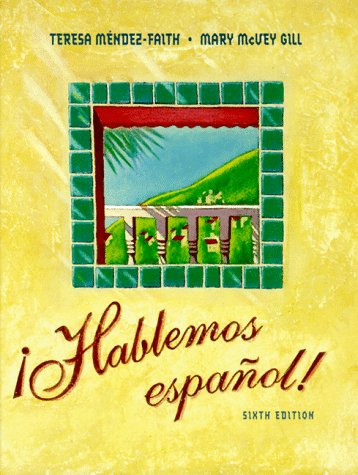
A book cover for Hablemos Espanol; Teresa Mendez-Faith; Reference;